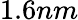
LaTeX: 1.6nm